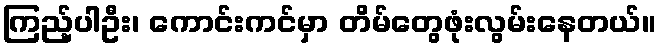
ကြည့်ပါဦး၊ ကောင်းကင်မှာ တိမ်တွေဖုံးလွမ်းနေတယ်။